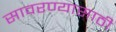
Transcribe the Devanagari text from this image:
सावरण्यासाठी